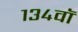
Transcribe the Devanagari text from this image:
१३४वॉ